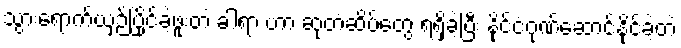
သွားရောက်ယှဉ်ပြိုင်ခဲ့ဖူးတဲ့ ခါရာ ဟာ ဆုတံဆိပ်တွေ ရရှိခဲ့ပြီး နိုင်ငံဂုဏ်ဆောင်နိုင်ခဲ့တဲ့